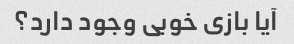
آیا بازی خوبی وجود دارد؟